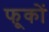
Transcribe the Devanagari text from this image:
फूकों